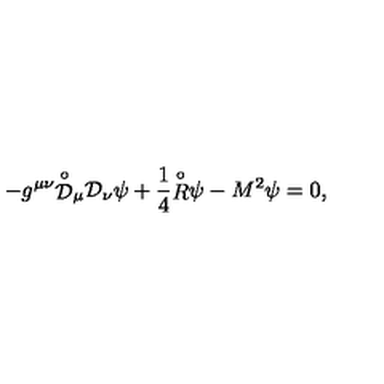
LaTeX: - g ^ { \mu \nu } { \stackrel { \circ } { \mathcal D } } { } _ { \mu } { \mathcal D } { } _ { \nu } \psi + \frac { 1 } { 4 } { \stackrel { \circ } { R } } \psi - M ^ { 2 } \psi = 0 ,